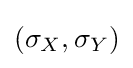
(\sigma _{X},\sigma _{Y})